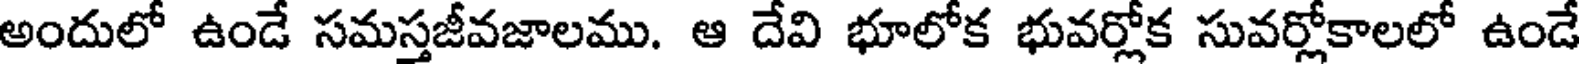
అందులో ఉండే సమస్తజీవజాలము. ఆ దేవి భూలోక భువర్లోక సువర్లోకాలలో ఉండే